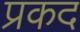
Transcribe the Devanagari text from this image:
प्रकद